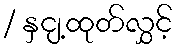
/ နှငျ့ထုတ်လွှင့်